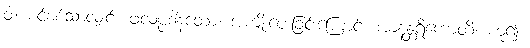
ဝါ၊ စင်စစ်သာလျှင်။ ဖလပ္ပဒါနတော၊ အကျိုးပေးခြင်းကြောင့်။ အာနန္တရိကောတိ၊ ဟူ၍။